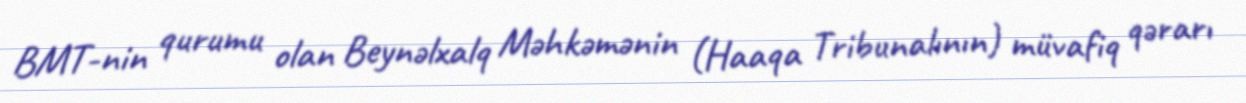
BMT-nin qurumu olan Beynəlxalq Məhkəmənin (Haaqa Tribunalının) müvafiq qərarı